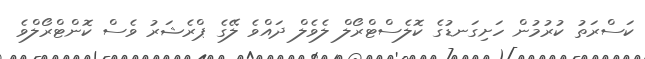
ކަސްރަތު ކުރުމުން ހަށިގަނޑުގެ ކޮލެސްޓްރޯލް ލެވެލް ދައްވެ ލޭގެ ޕްރެޝަރު ވެސް ކޮންޓްރޯލްވެ